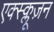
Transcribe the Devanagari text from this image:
एक्स्क्लूज़न